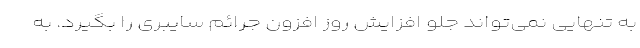
به تنهایی نمی‌تواند جلو افزایش روز افزون جرائم سایبری را بگیرد. به